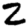
Digit: 2